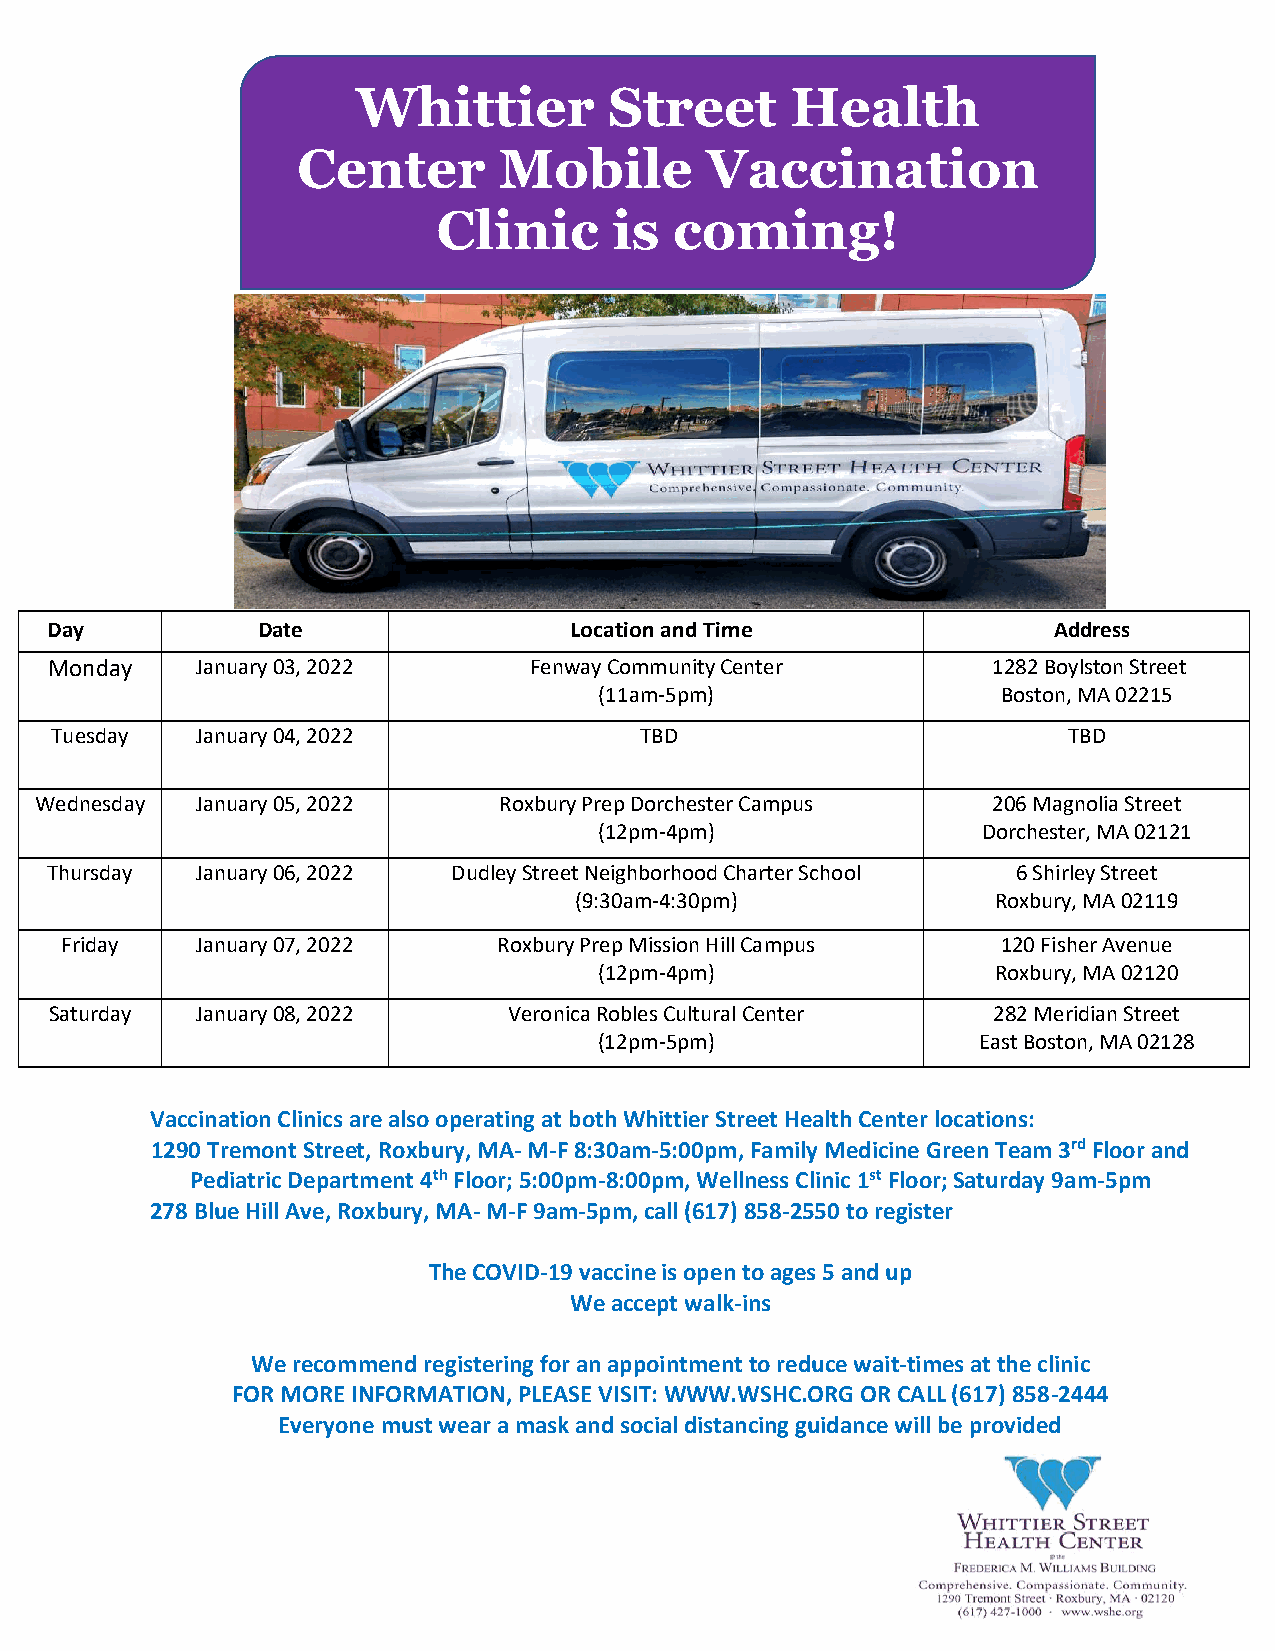
Whittier        Street      Health
 Center       Mobile        Vaccination
 Clinic      is  coming!
 Day           Date                 Location and Time               Address
 Monday    January 03, 2022      Fenway Community Center        1282 Boylston Street
 (11am-5pm)                Boston, MA 02215
 Tuesday   January 04, 2022             TBD                          TBD
 Wednesday  January 05, 2022    Roxbury Prep Dorchester Campus   206 Magnolia Street
 (12pm-4pm)               Dorchester, MA 02121
 Thursday  January 06, 2022 Dudley Street Neighborhood Charter School 6 Shirley Street
 (9:30am-4:30pm)             Roxbury, MA 02119
 Friday   January 07, 2022    Roxbury Prep Mission Hill Campus 120 Fisher Avenue
 (12pm-4pm)                Roxbury, MA 02120
 Saturday  January 08, 2022     Veronica Robles Cultural Center 282 Meridian Street
 (12pm-5pm)               East Boston, MA 02128
 Vaccination Clinics are also operating at both Whittier Street Health Center locations:
 1290 Tremont Street, Roxbury, MA- M-F 8:30am-5:00pm, Family Medicine Green Team 3rd Floor and
 Pediatric Department 4th Floor; 5:00pm-8:00pm, Wellness Clinic 1st Floor; Saturday 9am-5pm
 278 Blue Hill Ave, Roxbury, MA- M-F 9am-5pm, call (617) 858-2550 to register
 The COVID-19 vaccine is open to ages 5 and up
 We accept walk-ins
 We recommend registering for an appointment to reduce wait-times at the clinic
 FOR MORE INFORMATION, PLEASE VISIT: WWW.WSHC.ORG OR CALL (617) 858-2444
 Everyone must wear a mask and social distancing guidance will be provided